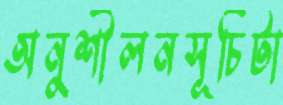
অনুশীলনসূচিটা